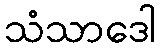
သံသာဒေါ